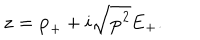
{ \bf z } = { \bf p } _ { + } + i \sqrt { { \bf p ^ { 2 } } } { \bf E } _ { + } .